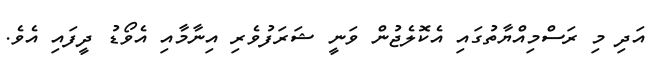
އަދި މި ރަސްމިއްޔާތުގައި އެކޮލެޖުން ވަނީ ޝަރަފުވެރި އިނާމާއި އެވޯޑު ދީފައި އެވެ.